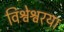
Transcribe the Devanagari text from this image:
विश्वेश्वरया